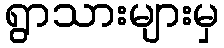
ရွာသားများမှ